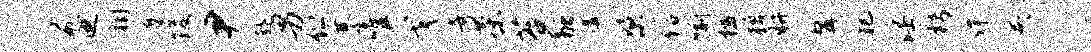
煎迪祠麋後尹趣男伫綦唯戈奇茶苔融媾梁信喻槛旗胼髯犯淫枵侔亥